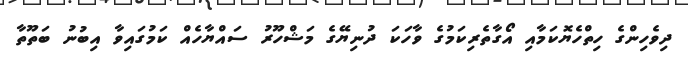
ދިވެހިންގެ ހިތްހެޔޮކަމާއި އޯގާތެރިކަމުގެ ވާހަކަ ދުނިޔޭގެ މަޝްހޫރު ސައްޔާހެއް ކަމުގައިވާ އިބުނު ބަތޫތާ